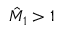
\hat { M } _ { 1 } > 1